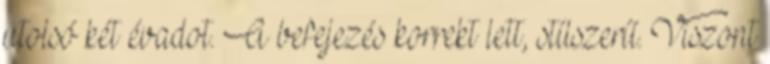
utolsó két évadot. A befejezés korrekt lett, stílszerű. Viszont